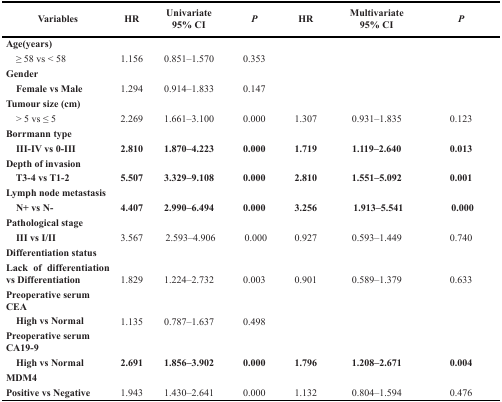
| Variables | HR | Univariate 95% CI | P | HR | Multivariate 95% CI | P |
 | --- | --- | --- | --- | --- | --- | --- |
 | Age(years) |  |  |  |  |  |  |
 | ≥ 58 vs < 58 | 1.156 | 0.851–1.570 | 0.353 |  |  |  |
 | Gender |  |  |  |  |  |  |
 | Female vs Male | 1.294 | 0.914–1.833 | 0.147 |  |  |  |
 | Tumour size (cm) |  |  |  |  |  |  |
 | > 5 vs ≤ 5 | 2.269 | 1.661–3.100 | 0.000 | 1.307 | 0.931–1.835 | 0.123 |
 | Borrmann type |  |  |  |  |  |  |
 | III-IV vs 0-III | 2.810 | 1.870–4.223 | 0.000 | 1.719 | 1.119–2.640 | 0.013 |
 | Depth of invasion |  |  |  |  |  |  |
 | T3-4 vs T1-2 | 5.507 | 3.329–9.108 | 0.000 | 2.810 | 1.551–5.092 | 0.001 |
 | Lymph node metastasis |  |  |  |  |  |  |
 | N+ vs N- | 4.407 | 2.990–6.494 | 0.000 | 3.256 | 1.913–5.541 | 0.000 |
 | Pathological stage |  |  |  |  |  |  |
 | III vs I/II | 3.567 | 2.593–4.906 | 0.000 | 0.927 | 0.593–1.449 | 0.740 |
 | Differentiation status |  |  |  |  |  |  |
 | Lack of differentiation vs Differentiation | 1.829 | 1.224–2.732 | 0.003 | 0.901 | 0.589–1.379 | 0.633 |
 | Preoperative serum CEA |  |  |  |  |  |  |
 | High vs Normal | 1.135 | 0.787–1.637 | 0.498 |  |  |  |
 | Preoperative serum CA19-9 |  |  |  |  |  |  |
 | High vs Normal | 2.691 | 1.856–3.902 | 0.000 | 1.796 | 1.208–2.671 | 0.004 |
 | MDM4 |  |  |  |  |  |  |
 | Positive vs Negative | 1.943 | 1.430–2.641 | 0.000 | 1.132 | 0.804–1.594 | 0.476 |